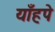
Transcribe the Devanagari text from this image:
याँहपे